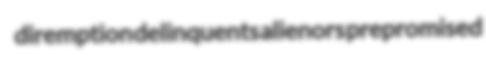
diremption delinquents alienors prepromised